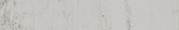
محل هدايا فاخر: أفكار رائ